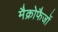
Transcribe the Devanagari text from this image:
मैक्रोफैजों